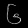
Digit: ၆